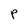
Character: P